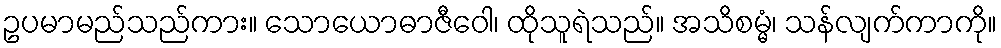
ဥပမာမည်သည်ကား။ သောယောဓာဇီဝေါ၊ ထိုသူရဲသည်။ အသိစမ္မံ၊ သန်လျက်ကာကို။